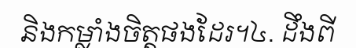
និងកម្លាំងចិត្តផងដែរ។៤. ដឹងពី